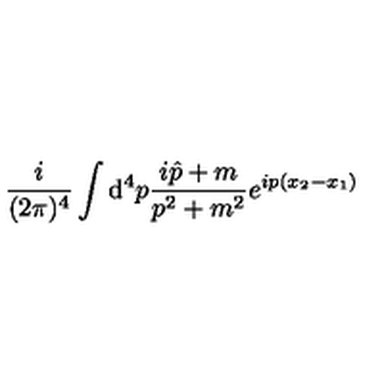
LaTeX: \frac { i } { ( 2 \pi ) ^ { 4 } } \int { \mathrm d } ^ { 4 } p \frac { i \hat { p } + m } { p ^ { 2 } + m ^ { 2 } } e ^ { i p ( x _ { 2 } - x _ { 1 } ) }